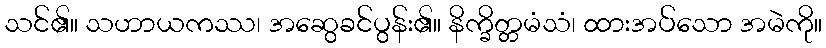
သင်၏။ သဟာယကဿ၊ အဆွေခင်ပွန်း၏။ နိက္ခိတ္တမံသံ၊ ထားအပ်သော အမဲကို။